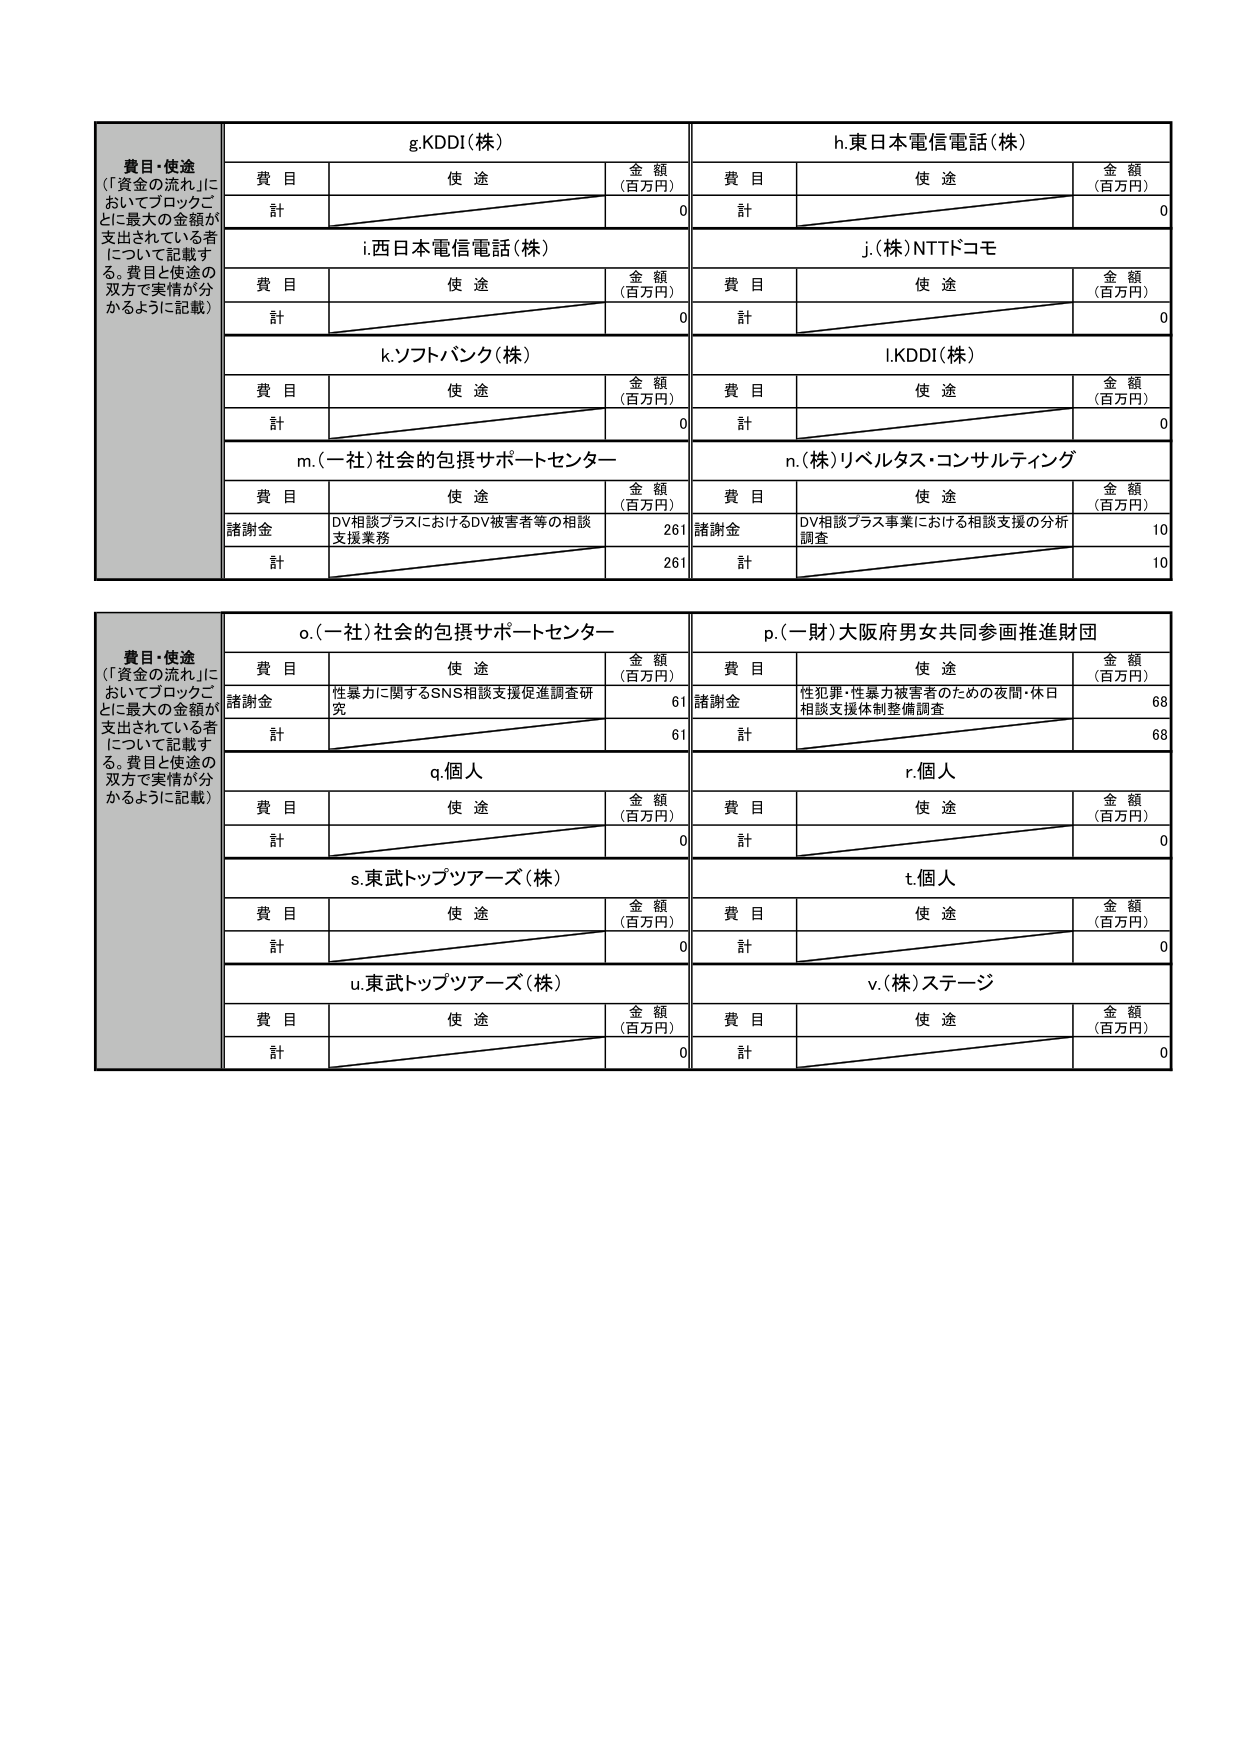
費目・使途
（「資金の流れ」においてブロックごとに最大の金額が支出されている者について記載する。費目と使途の双方で実情が分かるように記載）

g.KDDI（株）
費目　　使途　　金額（百万円）
計　　　　　　　　0

h.東日本電信電話（株）
費目　　使途　　金額（百万円）
計　　　　　　　　0

i.西日本電信電話（株）
費目　　使途　　金額（百万円）
計　　　　　　　　0

j.（株）NTTドコモ
費目　　使途　　金額（百万円）
計　　　　　　　　0

k.ソフトバンク（株）
費目　　使途　　金額（百万円）
計　　　　　　　　0

l.KDDI（株）
費目　　使途　　金額（百万円）
計　　　　　　　　0

m.（一社）社会的包摂サポートセンター
費目　　使途　　金額（百万円）
諸謝金　DV相談プラスにおけるDV被害者等の相談支援業務　　261
計　　　　　　　　261

n.（株）リベルタス・コンサルティング
費目　　使途　　金額（百万円）
諸謝金　DV相談プラス事業における相談支援の分析調査　　10
計　　　　　　　　10

費目・使途
（「資金の流れ」においてブロックごとに最大の金額が支出されている者について記載する。費目と使途の双方で実情が分かるように記載）

o.（一社）社会的包摂サポートセンター
費目　　使途　　金額（百万円）
諸謝金　性暴力に関するSNS相談支援促進調査研究　　61
計　　　　　　　　61

p.（一財）大阪府男女共同参画推進財団
費目　　使途　　金額（百万円）
諸謝金　性犯罪・性暴力被害者のための夜間・休日相談支援体制整備調査　　68
計　　　　　　　　68

q.個人
費目　　使途　　金額（百万円）
計　　　　　　　　0

r.個人
費目　　使途　　金額（百万円）
計　　　　　　　　0

s.東武トップツアーズ（株）
費目　　使途　　金額（百万円）
計　　　　　　　　0

t.個人
費目　　使途　　金額（百万円）
計　　　　　　　　0

u.東武トップツアーズ（株）
費目　　使途　　金額（百万円）
計　　　　　　　　0

v.（株）ステージ
費目　　使途　　金額（百万円）
計　　　　　　　　0